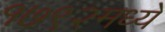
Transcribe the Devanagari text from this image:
१७९२मध्ये